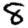
Digit: 8